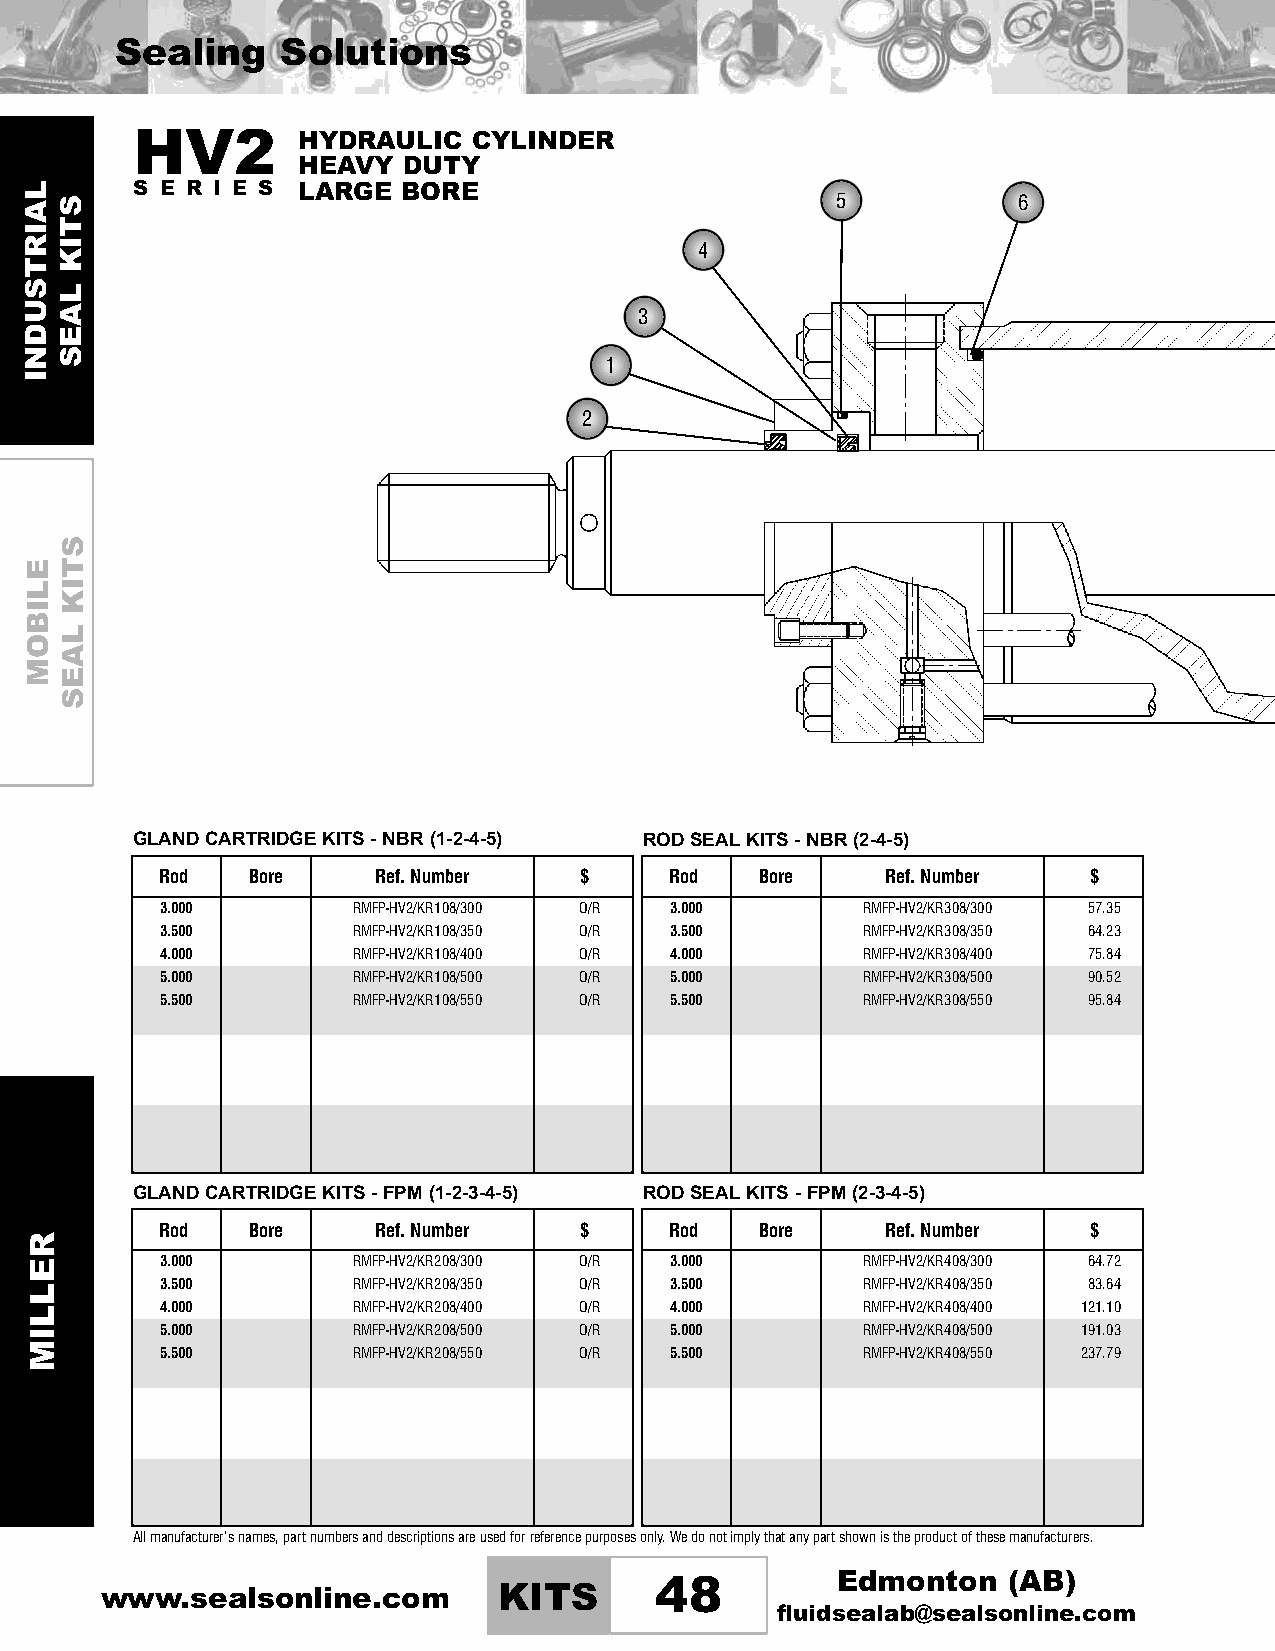
Sealing    Solutions
 HV2        HYDRAULIC  CYLINDER
 HEAVY  DUTY
 S E R I E S LARGE BORE                        5           6
 4
 3
 1
 2
 GLANDCARTRIDGEKITS-NBR(1-2-4-5)   RODSEALKITS-NBR(2-4-5)
 Rod  Bore     Ref.Number   $     Rod   Bore     Ref.Number   $
 3.000       RMFP-HV2/KR108/300 O/R 3.000      RMFP-HV2/KR308/300 57.35
 3.500       RMFP-HV2/KR108/350 O/R 3.500      RMFP-HV2/KR308/350 64.23
 4.000       RMFP-HV2/KR108/400 O/R 4.000      RMFP-HV2/KR308/400 75.84
 5.000       RMFP-HV2/KR108/500 O/R 5.000      RMFP-HV2/KR308/500 90.52
 5.500       RMFP-HV2/KR108/550 O/R 5.500      RMFP-HV2/KR308/550 95.84
 GLANDCARTRIDGEKITS-FPM(1-2-3-4-5) RODSEALKITS-FPM(2-3-4-5)
 Rod  Bore     Ref.Number   $     Rod   Bore     Ref.Number   $
 3.000       RMFP-HV2/KR208/300 O/R 3.000      RMFP-HV2/KR408/300 64.72
 3.500       RMFP-HV2/KR208/350 O/R 3.500      RMFP-HV2/KR408/350 83.64
 4.000       RMFP-HV2/KR208/400 O/R 4.000      RMFP-HV2/KR408/400 121.10
 5.000       RMFP-HV2/KR208/500 O/R 5.000      RMFP-HV2/KR408/500 191.03
 5.500       RMFP-HV2/KR208/550 O/R 5.500      RMFP-HV2/KR408/550 237.79
 Allmanufacturer’snames,partnumbersanddescriptionsareusedforreferencepurposesonly.Wedonotimplythatanypartshownistheproductofthesemanufacturers.
 Edmonton    (AB)
 www.sealsonline.com       KITS      48
 fluidsealab@sealsonline.com
 LAIRTSUDNI
 ELIBOM
 RELLIM
 STIK
 LAES
 STIK
 LAES